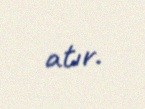
atır.